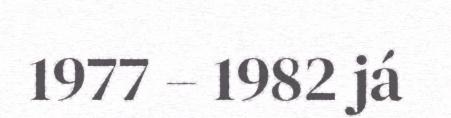
1977 – 1982 já